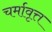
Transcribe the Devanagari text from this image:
चर्मावृत्त